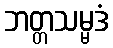
ဘတ္တသမ္မဒံ